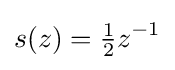
s(z)={\tfrac {1}{2}}z^{-1}